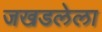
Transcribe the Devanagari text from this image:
जखडलेला